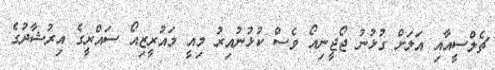
ޗެލްސީއާއި އަލަށް ގުޅުނު ޖޯޖީނިއޯ ވެސް ކުޅުނުއިރު މިއީ މައުރީޒިއޯ ސައްރީގެ އިރުޝާދުގެ